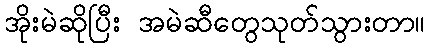
အိုးမဲဆိုပြီး အမဲဆီတွေသုတ်သွားတာ။